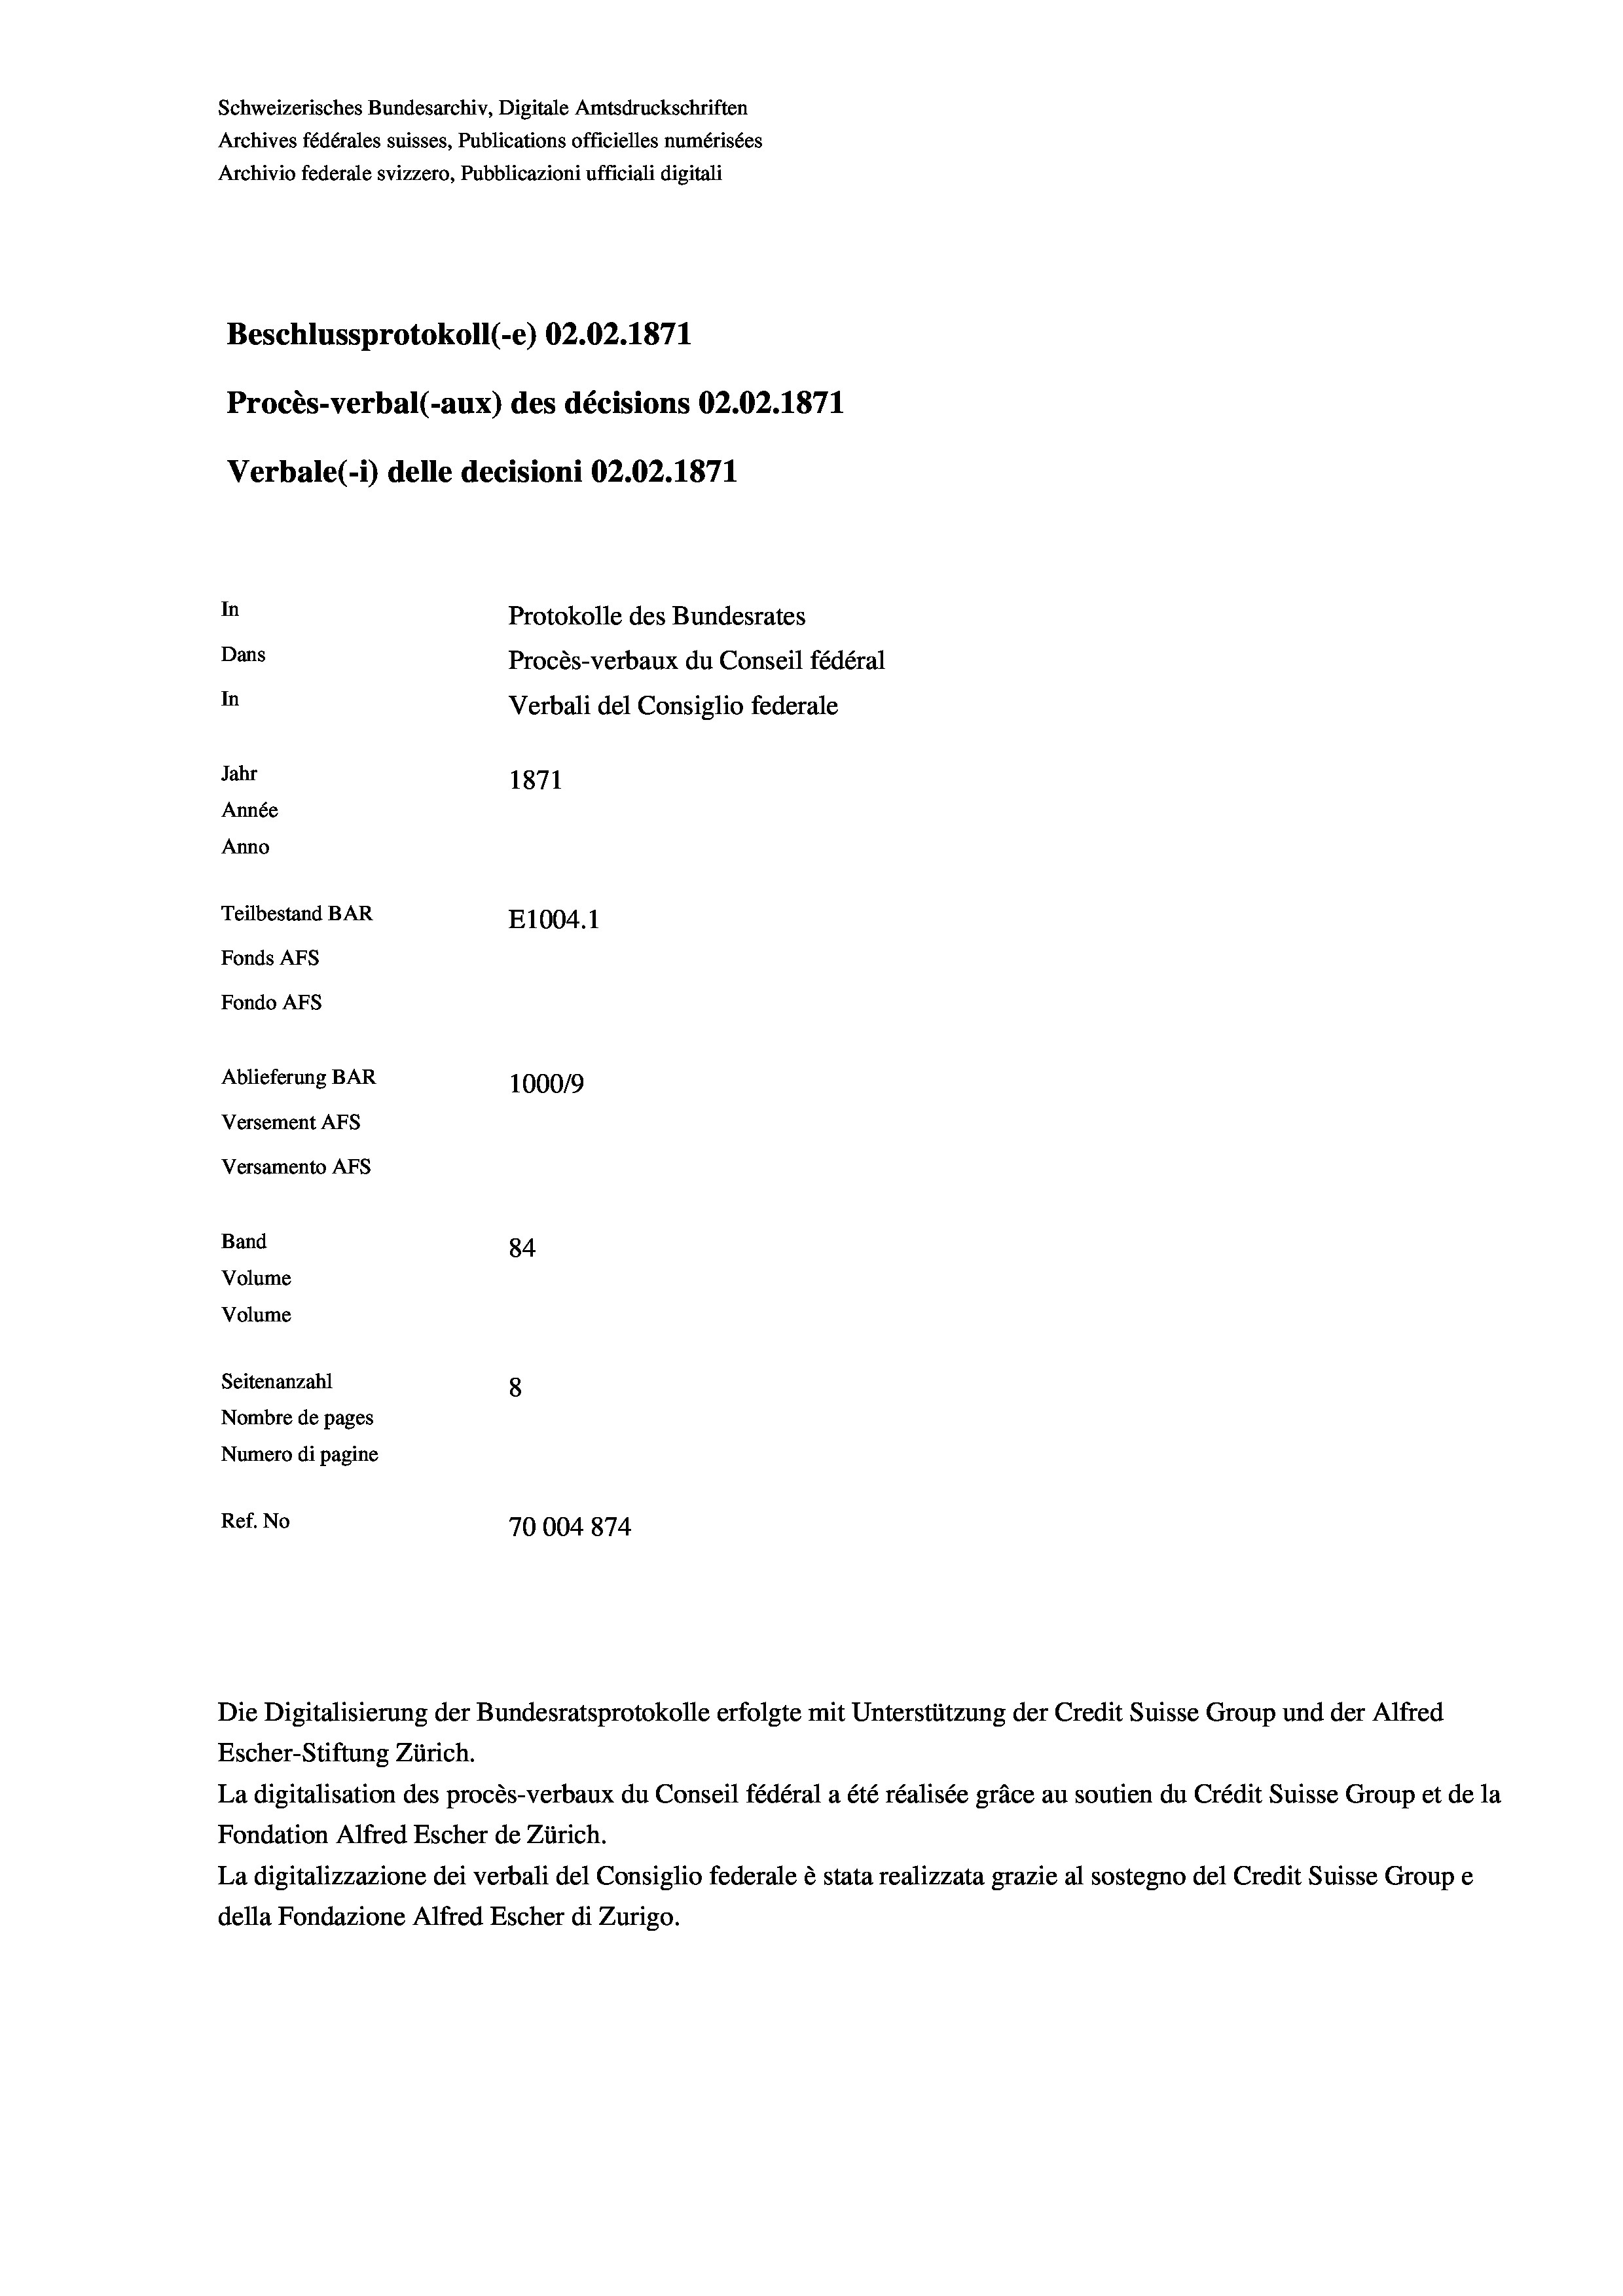
Schweizerisches Bundesarchiv, Digitale Amtsdruckschriften
Archives fédérales suisses, Publications officielles numérisées
Archivio federale svizzero, Pubblicazioni ufficiali digitali
Beschlussprotokoll (-e) 02.02. 1871
Procès-verbal (-aux) des décisions 02.02. 1871
Verbale (i) delle decisioni 02.02. 1871
In
Protokolle des Bundesrates
Dans
Procès-verbaux du Conseil fédéral
In
Verbali del Consiglio federale
Jahr
1871
Année
Anno
Teilbestand BAR
E1004. 1
Fonds AFs
Fondo AFs
Ablieferung BAR
100019
Versement Abs
Versamento Afs
Band
84
Volume
Volume
Seitenanzahl
8
Nombre de pages
Numero di pagine
Ref. No
70004874

La digitalisation des procès-verbaux du Conseil fédéral a été réalisée gräce au soutien du Crédit Suisse Group et de la
Fondation Alfred Escher de Zürich.
La digitalizzazione dei verbali del Consiglio federale è stata realizzata grazie al sostegno del Credit Suisse Groupe
della Fondazione Alfred Escher di Zurigo.

Escher-Stiftung Zürich.

Die Digitalisierung der Bundesratsprotokolle erfolgte mit Unterstützung der Credit Suisse Group und der Alfred